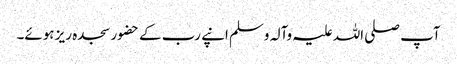
آپ صلی اللہ علیہ وآلہ وسلم انپے رب کے حضور سجدہ ریز ہوئے۔